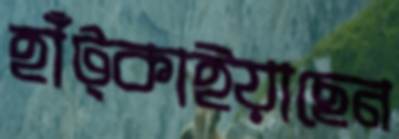
হাঁট্‌কাইয়াছেন